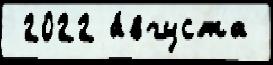
 2022 а́вгуста